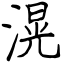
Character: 滉